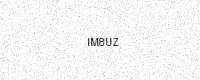
Text: IM8UZ